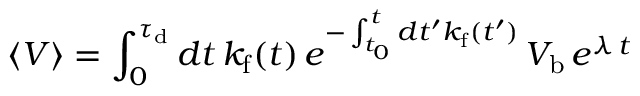
\langle V \rangle = \int _ { 0 } ^ { \tau _ { \mathrm { d } } } d t \, k _ { \mathrm { f } } ( t ) \, e ^ { - \int _ { t _ { 0 } } ^ { t } d t ^ { \prime } k _ { \mathrm { f } } ( t ^ { \prime } ) } \, V _ { \mathrm { b } } \, e ^ { \lambda \, t }